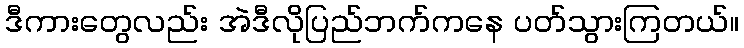
ဒီကားတွေလည်း အဲဒီလိုပြည်ဘက်ကနေ ပတ်သွားကြတယ်။